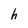
Character: h